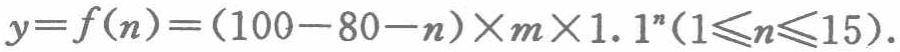
\(y = f(n)=(100 - 80 - n)\times m\times1.1^{n}(1\leqslant n\leqslant15)\)